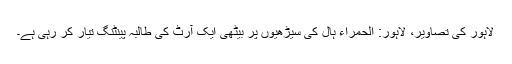
لاہور کی تصاویر، لاہور: الحمراء ہال کی سیڑھیوں پر بیٹھی ایک آرٹ کی طالبہ پینٹنگ تیار کر رہی ہے۔